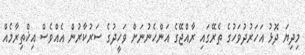
މިދިޔަ ދޮޅު އަހަރުދުވަހުގެ ތެރޭގައި ރާއްޖޭގެ އަންހެނުނަށް ވަހީދުގެ ސަރުކާރުން އެއްވެސް އިޚްތިރާމެއް